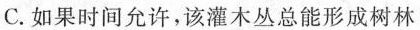
C.如果时间允许，该灌木丛总能形成树林